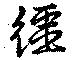
繮